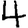
Digit: 4